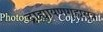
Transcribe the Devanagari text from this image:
द्राह्यायणगृह्यसूत्र